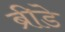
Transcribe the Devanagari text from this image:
ब्रीडे